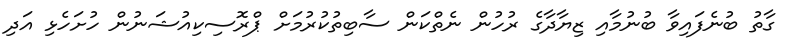
ގާތު ބުނެފައިވާ ބުނުމާއި ޒިޔާދާގެ ރުހުން ނެތްކަން ސާބިތުކުރުމަށް ޕްރޮސިކިއުޝަނުން ހުށަހެޅި އަދި